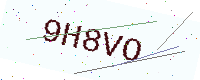
Text: 9H8VO